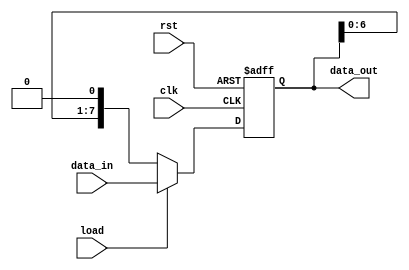
module parameterized_shift_register #(
    parameter WIDTH = 8,  // Default width of the shift register
    parameter DIR = 0     // Default direction: 0 for left shift, 1 for right shift
)(
    input wire clk,       // Clock signal
    input wire rst,       // Asynchronous reset signal
    input wire load,      // Load control signal
    input wire [WIDTH-1:0] data_in, // Input data bus
    output reg [WIDTH-1:0] data_out  // Output data bus
);

    always @(posedge clk or posedge rst) begin
        if (rst) begin
            // Reset the shift register to zero
            data_out <= {WIDTH{1'b0}};
        end else if (load) begin
            // Load new data into the shift register
            data_out <= data_in;
        end else begin
            // Shift operation
            if (DIR == 0) begin
                // Shift left
                data_out <= {data_out[WIDTH-2:0], 1'b0}; // MSB shifted out, LSB gets 0
            end else begin
                // Shift right
                data_out <= {1'b0, data_out[WIDTH-1:1]}; // LSB shifted out, MSB gets 0
            end
        end
    end

endmodule